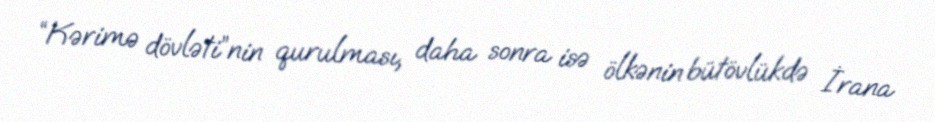
“Kərimə dövləti”nin qurulması, daha sonra isə ölkənin bütövlükdə İrana